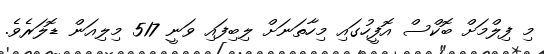
މި ފިލްމަށް ބޮކްސް އޮފީހުގައި މިހާތަނަށް ލިބިފައި ވަނީ 517 މިލިއަން ޑޮލަރެވެ.